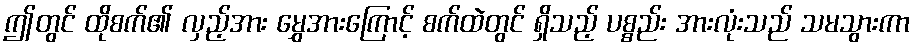
ဤတွင် ထိုစက်၏ လှည့်အား မွှေအားကြောင့် စက်ထဲတွင် ရှိသည့် ပစ္စည်း အားလုံးသည် သမသွားကာ